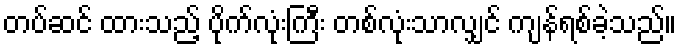
တပ်ဆင် ထားသည့် ပိုက်လုံးကြီး တစ်လုံးသာလျှင် ကျန်ရစ်ခဲ့သည်။